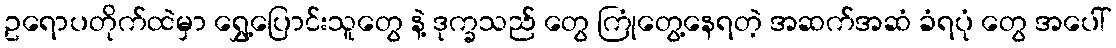
ဥရောပတိုက်ထဲမှာ ရွှေ့ပြောင်းသူတွေ နဲ့ ဒုက္ခသည် တွေ ကြုံတွေ့နေရတဲ့ အဆက်အဆံ ခံရပုံ တွေ အပေါ်